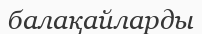
балақайларды